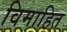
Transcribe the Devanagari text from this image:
विमाहित